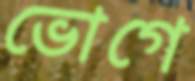
ভোগে